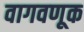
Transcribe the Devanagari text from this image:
वागवणूक